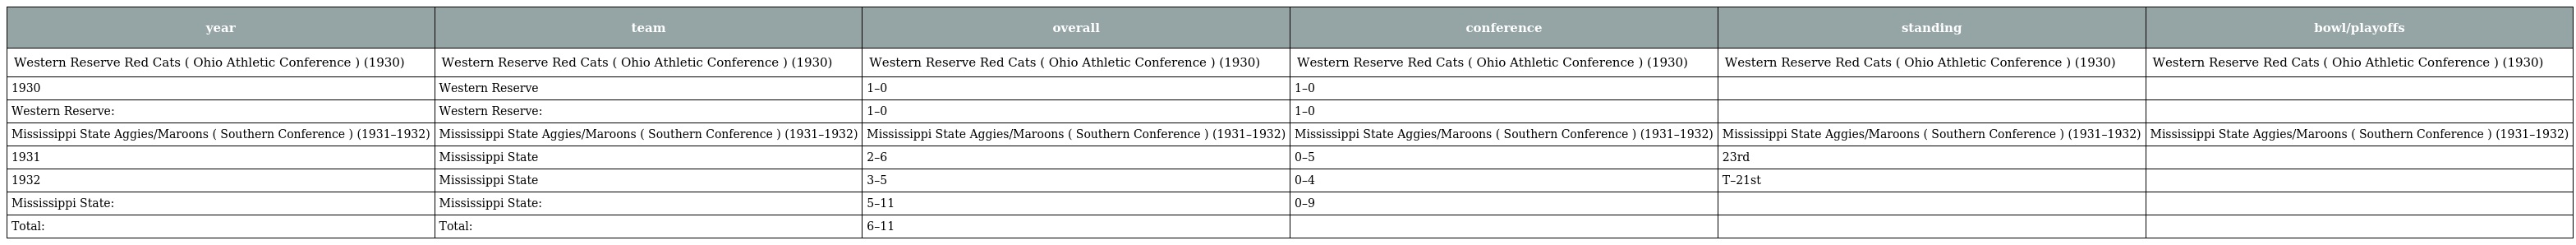
| year | team | overall | conference | standing | bowl/playoffs |
 | --- | --- | --- | --- | --- | --- |
 | Western Reserve Red Cats ( Ohio Athletic Conference ) (1930) | Western Reserve Red Cats ( Ohio Athletic Conference ) (1930) | Western Reserve Red Cats ( Ohio Athletic Conference ) (1930) | Western Reserve Red Cats ( Ohio Athletic Conference ) (1930) | Western Reserve Red Cats ( Ohio Athletic Conference ) (1930) | Western Reserve Red Cats ( Ohio Athletic Conference ) (1930) |
 | 1930 | Western Reserve | 1–0 | 1–0 |  |  |
 | Western Reserve: | Western Reserve: | 1–0 | 1–0 |  |  |
 | Mississippi State Aggies/Maroons ( Southern Conference ) (1931–1932) | Mississippi State Aggies/Maroons ( Southern Conference ) (1931–1932) | Mississippi State Aggies/Maroons ( Southern Conference ) (1931–1932) | Mississippi State Aggies/Maroons ( Southern Conference ) (1931–1932) | Mississippi State Aggies/Maroons ( Southern Conference ) (1931–1932) | Mississippi State Aggies/Maroons ( Southern Conference ) (1931–1932) |
 | 1931 | Mississippi State | 2–6 | 0–5 | 23rd |  |
 | 1932 | Mississippi State | 3–5 | 0–4 | T–21st |  |
 | Mississippi State: | Mississippi State: | 5–11 | 0–9 |  |  |
 | Total: | Total: | 6–11 |  |  |  |